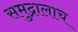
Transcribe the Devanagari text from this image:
समुद्रालाच